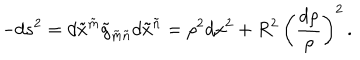
- d s ^ { 2 } = d \tilde { x } ^ { \tilde { m } } \tilde { g } _ { \tilde { m } \tilde { n } } d \tilde { x } ^ { \tilde { n } } = \rho ^ { 2 } d x ^ { 2 } + R ^ { 2 } \, \left( \frac { d \rho } \rho \right) ^ { 2 } \, .